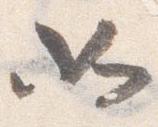
如